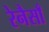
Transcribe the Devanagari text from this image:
रेनैसाँ